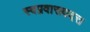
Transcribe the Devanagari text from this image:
स्वप्नवासवदत्त